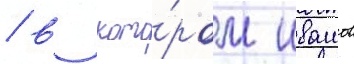
/ в кото́ром ивашов